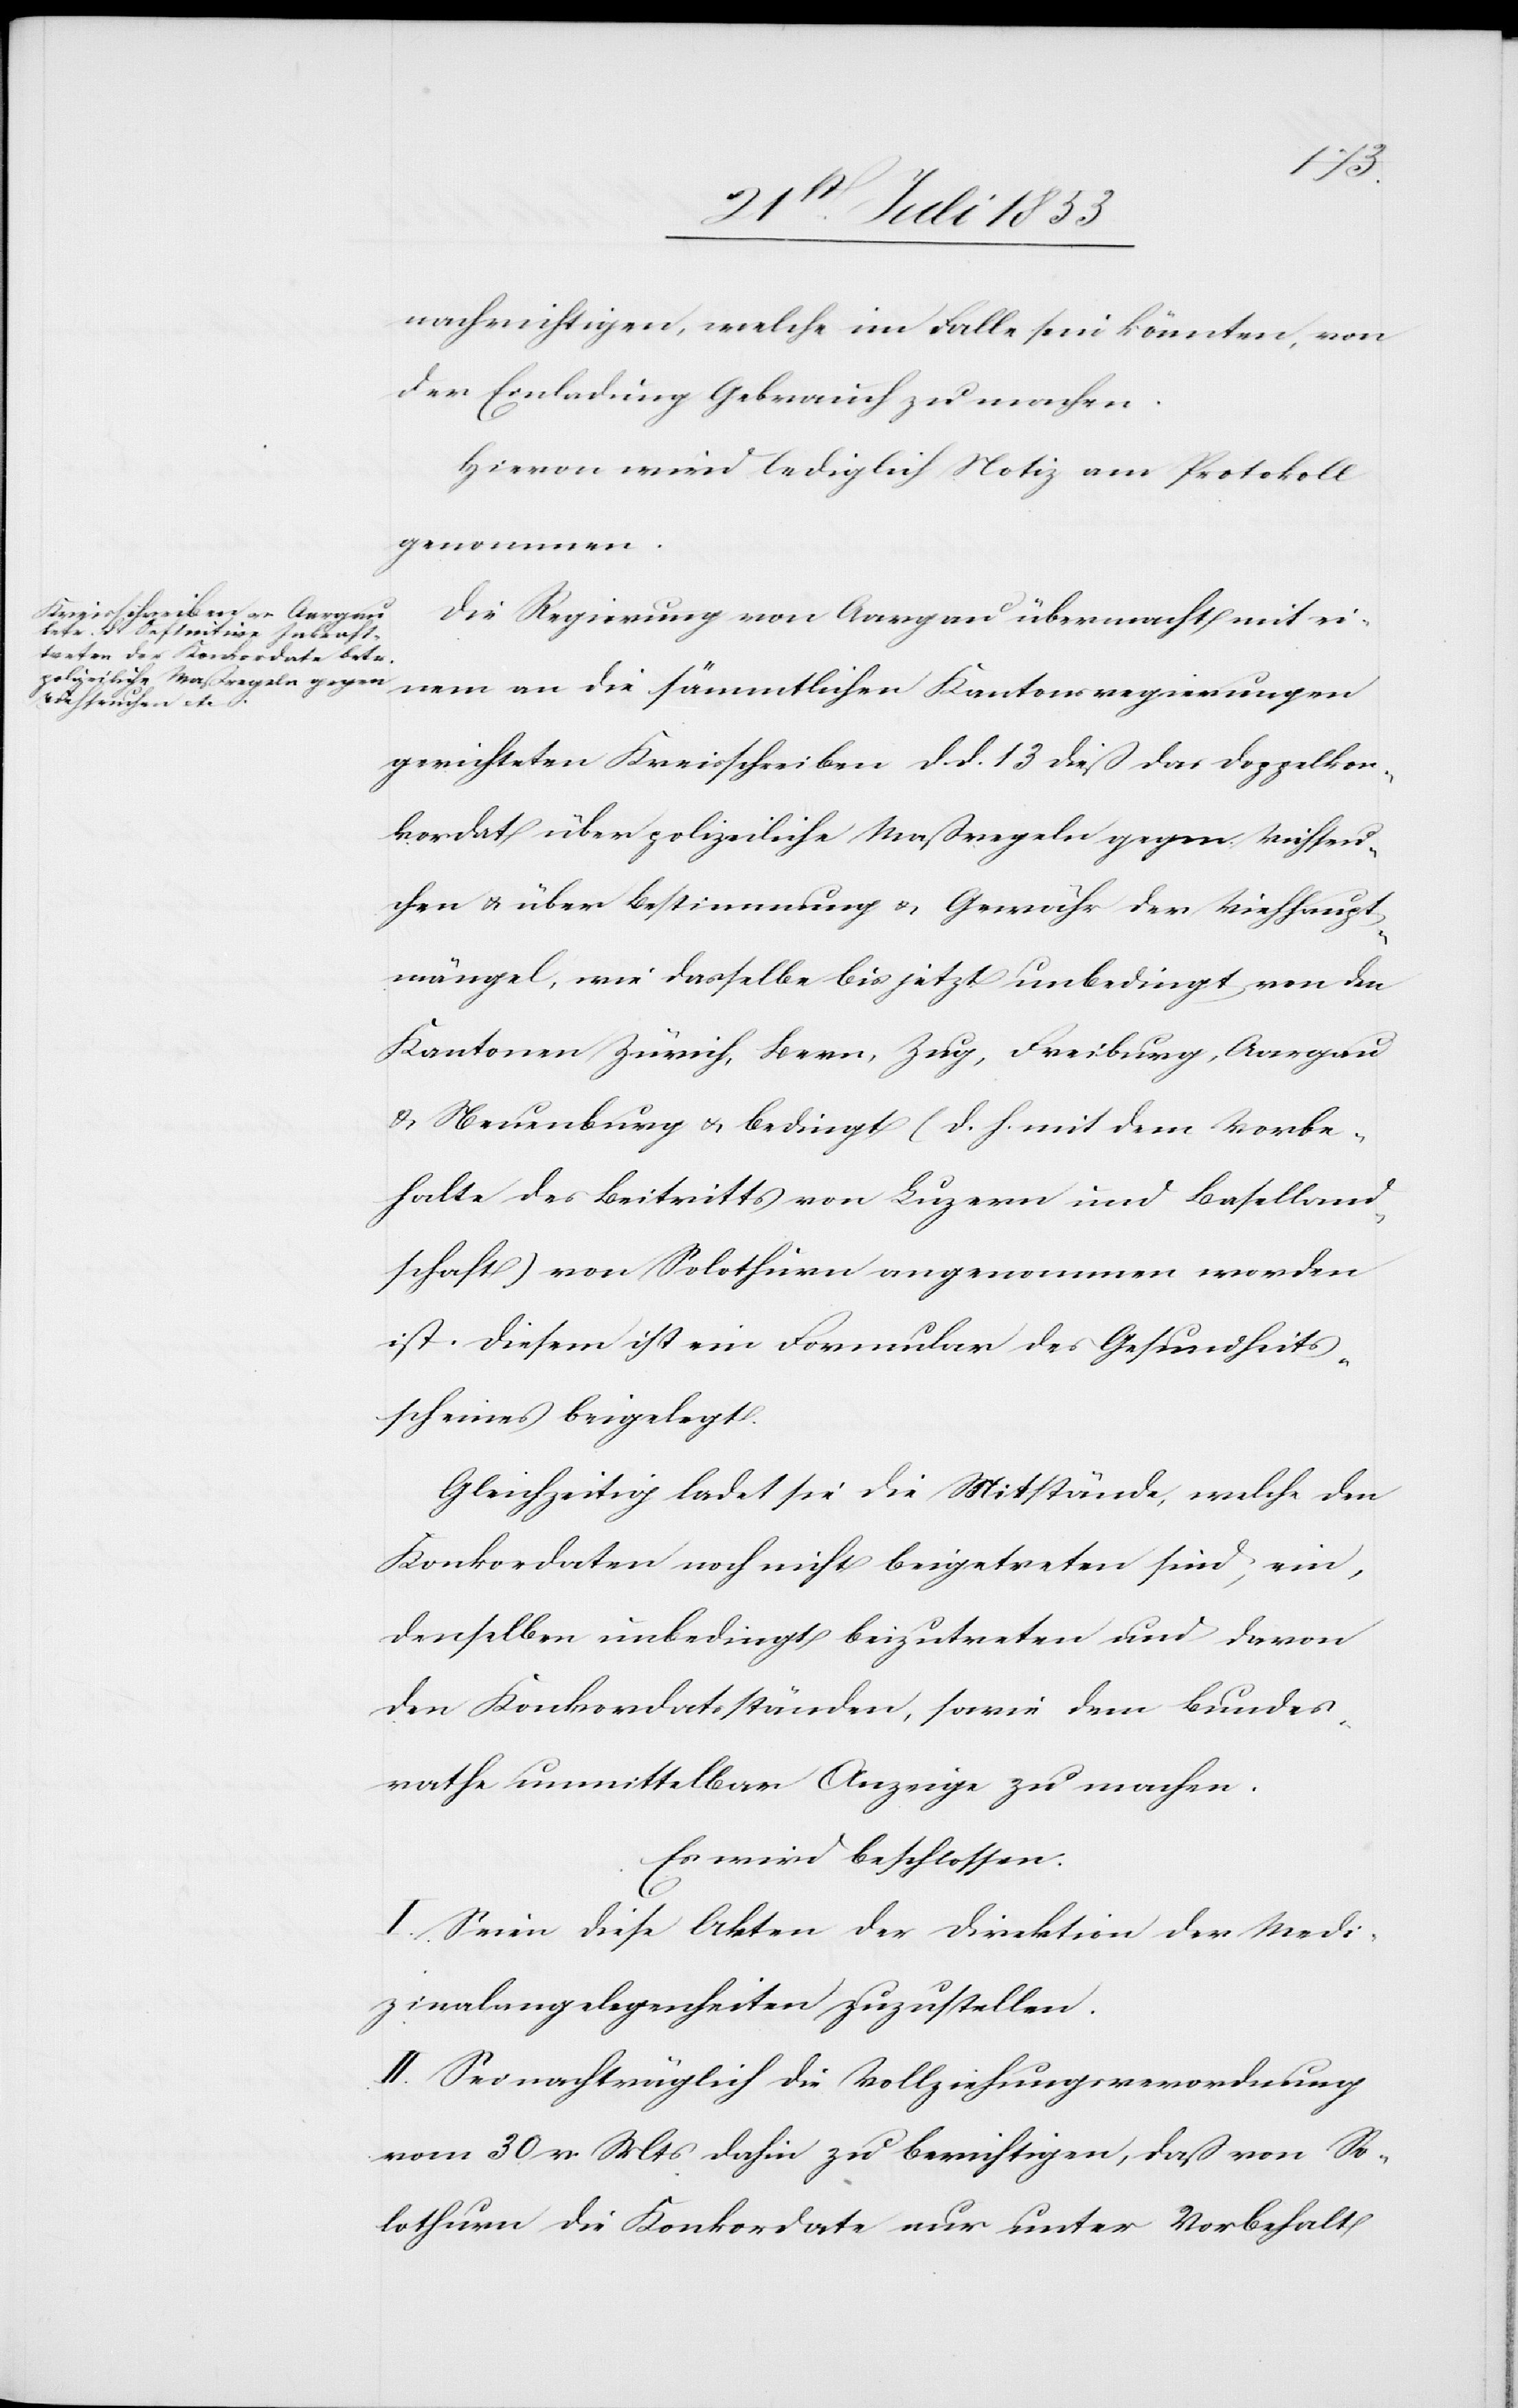
nachrichtigen, welche im Falle sein könnten, von
der Einladung Gebrauch zu machen.
Hievon wird lediglich Notiz am Protokolle
genommen.
Die Regierung von Aargau übermacht mit ei¬
nem an die sämmtlichen Kantonsregierungen
gerichteten Kreisschreiben d. d. 13 dieß das Doppelkon¬
kordat über polizeiliche Maßregeln gegen Viehseu¬
chen u. über Bestimmung u. Gewähr der Viehhaupt¬
mängel, wie dasselbe bis jetzt unbedingt von den
Kantonen Zürich, Bern, Zug, Freiburg, Aargau
u. Neuenburg u. bedingt (d. h. mit dem Vorbe¬
halte des Beitritts) von Luzern und Baselland¬
schaft) von Solothurn angenommen worden
ist. Diesem ist ein Formular des Gesundheits¬
scheines beigelegt.
Gleichzeitig ladet sie die Mitstände, welche den
Konkordaten noch nicht beigetreten sind, ein,
denselben unbedingt beizutreten und davon
den Konkordatsständen, sowie dem Bundes¬
rathe unmittelbar Anzeige zu machen.
Es wird beschlossen:
I. Seien diese Akten der Direktion der Medi¬
zinalangelegenheiten zuzustellen.
II. Sei nachträglich die Vollziehungsverordnung
vom 30v. Mts. dahin zu berichtigen, daß von So¬
lothurn die Konkordate nur unter Vorbehalt